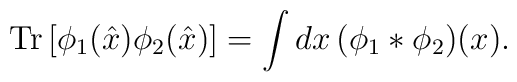
\mathrm{Tr}\,[\phi_1(\hat{x})\phi_2(\hat{x})]=\int dx\,(\phi_1*\phi_2)(x).